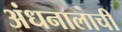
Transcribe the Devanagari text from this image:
अंधनालाची